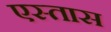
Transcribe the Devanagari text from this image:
एस्तास